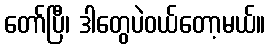
တော်ပြီ၊ ဒါတွေပဲဝယ်တော့မယ်။